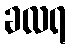
ခလရ